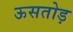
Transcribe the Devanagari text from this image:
ऊसतोड़